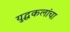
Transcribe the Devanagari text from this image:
युद्धकलांचा